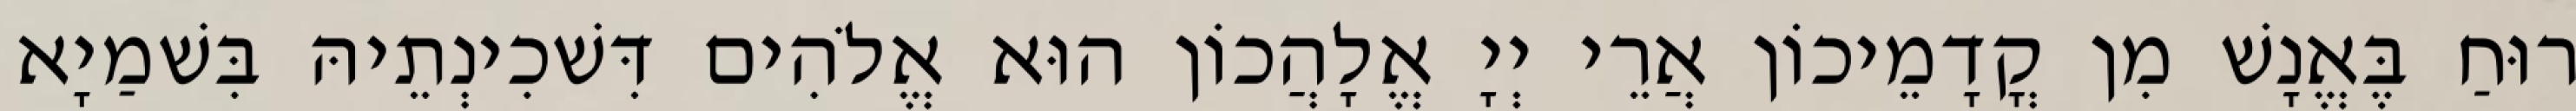
רוּחַ בֶּאֱנָשׁ מִן קֳדָמֵיכוֹן אֲרֵי יְיָ אֱלָהֲכוֹן הוּא אֱלֹהִים דִּשׁכִינְתֵיהּ בִּשׁמַיָא